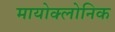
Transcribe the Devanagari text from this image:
मायोक्लोनिक